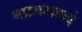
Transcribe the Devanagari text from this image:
माइकफ्लाई